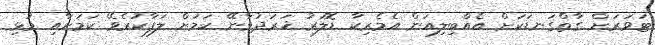
ޓަވަރަށް ގާތްގަނޑަކަށް އެއްބިލިއަން އެމެރިކާ ޑޮލަރު ޚަރަދުވާނޭ ކަމަށް ލަފާކުރެވޭ ކަމަށާއި މުޅި